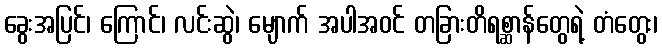
ခွေးအပြင်၊ ကြောင်၊ လင်းဆွဲ၊ မျောက် အပါအဝင် တခြားတိရစ္ဆာန်တွေရဲ့ တံတွေး၊